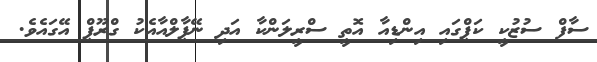
ސާފް ސުޒުކީ ކަޕްގައި އިންޑިއާ އޮތީ ސްރީލަންކާ އަދި ނޭޕާލްއާއެކު ގްރޫޕް އޭގައެވެ.